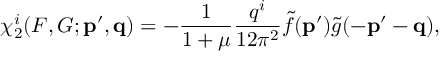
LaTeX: \chi _ { 2 } ^ { i } ( F , G ; { \bf p ^ { \prime } , q } ) = - \frac { 1 } { 1 + \mu } \frac { q ^ { i } } { 1 2 \pi ^ { 2 } } \tilde { f } ( { \bf p ^ { \prime } } ) \tilde { g } ( { \bf - p ^ { \prime } - q } ) ,